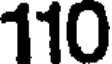
110